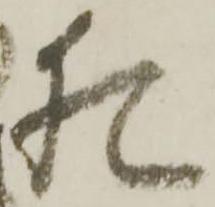
猶